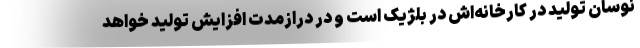
نوسان تولید در کارخانه‌اش در بلژیک است و در درازمدت افزایش تولید خواهد